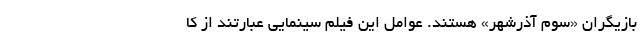
بازیگران «سوم آذرشهر» هستند. عوامل این فیلم سینمایی عبارتند از کا